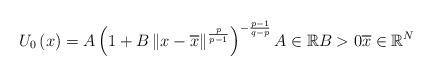
LaTeX: \begin{align*}U_{0}\left( x\right) =A\left( 1+B\left\Vert x-\overline{x}\right\Vert^{\frac{p}{p-1}}\right) ^{-\frac{p-1}{q-p}}A\in\mathbb{R}B>0\overline{x}\in\mathbb{R}^{N}\end{align*}